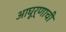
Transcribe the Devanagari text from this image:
आघूर्णाची